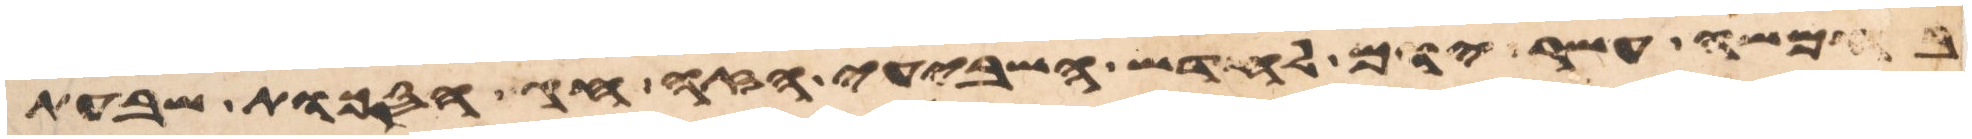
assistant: בחמשה עשר יום לחדש השביעי הזה חג הסכות שבעת